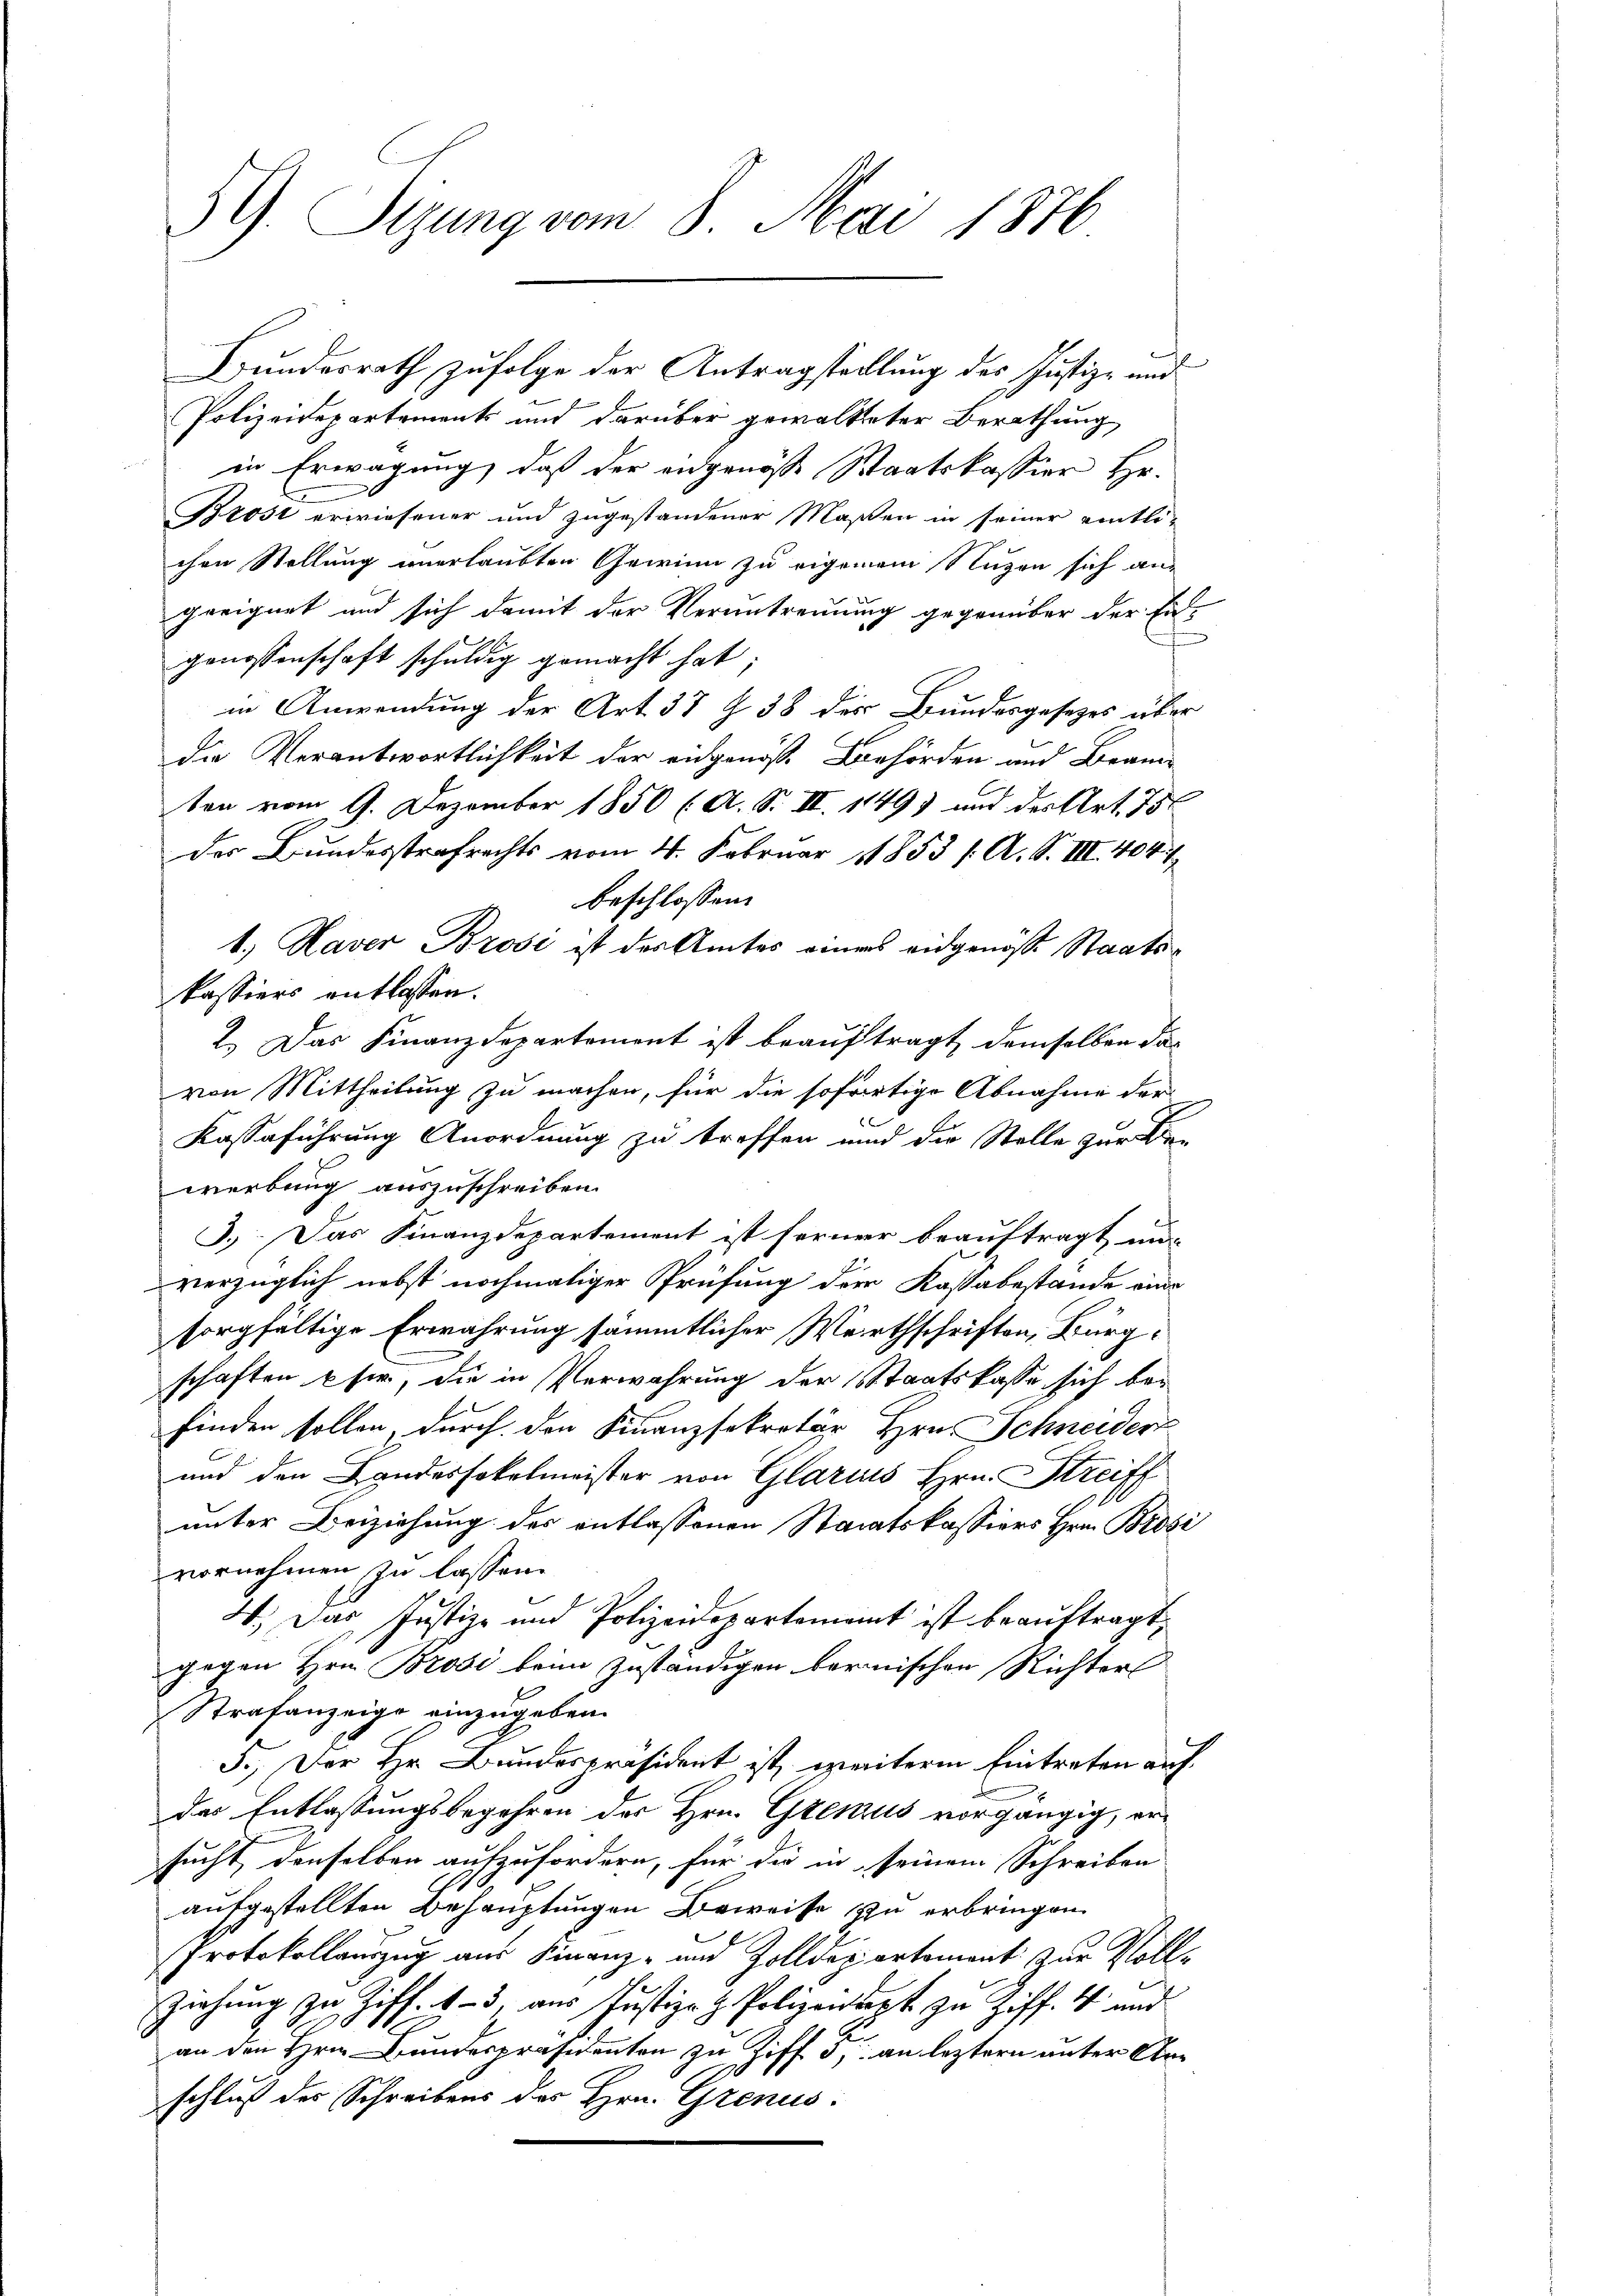
59. Sizung vom 8. Mai 1876

Polizeidepartement und darüber gewaltteter Berathung
in Erwägung, daß der eidgenöße Staatskassier Hr.
Brosi erwiesener und zugestandener Maßen in seiner eintli-
chen Stellung unerlaubten Gewinn zu eigenem Nuzen sich angeeignet und sich damit der Veruntrennung gegenüber der Ein-
i
genossenschaft schuldig gemacht hat;
in Anwendung der Art. 37 § 38 des Bundesgesetzes über
die Verantwortlichkeit der eidgenoße Behörden und Branten vom 9. Dezember 1850 (A. S. II. 1149) und des Art. 75
der Bundesstrafrechts vom 4. Februar 1853 /A. S. III. 404. 7
beschlossen:
1.) Haver Brosi ist des Amtes eines eidgenösse Staatskassiers entlassen.
2.) Das Finanzdepartement ist beauftragt, demselben das
von Mittheilung zu machen, für die sofortige Abnahme der
c
Kassaführung Anordnung zu treffen und die Stelle zur Be-
werbung auszuschreiben.
3.) Das Finanzdepartement ist ferner beauftragt un-
verzüglich nebst nochmaliger Prüfung der Kassabestände eine
sorgfältige Erwährung sämmtlicher Werthschriften, Bürgschaften sie, die in Verwahrung der Staatskasse sich bel
finden sollen, durch den Finanzsekretär Hrn. Schneiderz
und den Landessokelmeister von Glarus Hrn. Streiff
unter Beiziehung des entlassenen Staaatskassiers Hrn. Brosi
vornehmen zu lassen.
4.) Das Justiz- und Polizeidepartement ist beauftragt,
gegen Hrn. Brosi beim zuständigen bernischen Richter
Strafanzeige einzugeben.
5.) Der Hr. Bundespräsident ist, weiterm Eintreten auf
das Entlassungsbegehren des Hrn. Genus vorgängig, er-
sucht, denselben aufzufordern, für die in seinem Schreiben
aufgestellten Behauptungen Beweise zu erbringen
Protokollauszug aus Finanz- und Zolldepartement zur Voll¬
Ziehŭng zu Ziff. 4-5 aŭs Justiz- & Polizeipt zu Ziff. 4 und
an den Hrn. Bundespräsidenten zu Ziff. 3, an leztern unter Anschluß des Schreibens des Hrn. Grenus.

Bundesrath zufolge der Antragstellung des Justiz- und